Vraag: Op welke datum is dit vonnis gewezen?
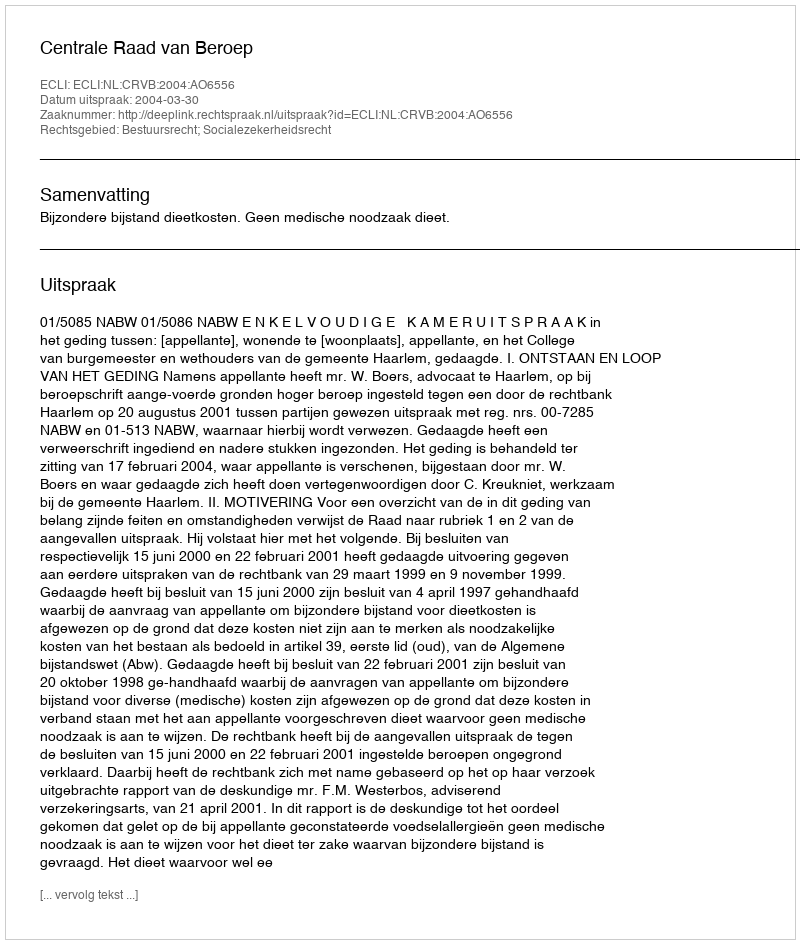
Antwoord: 2004-03-30